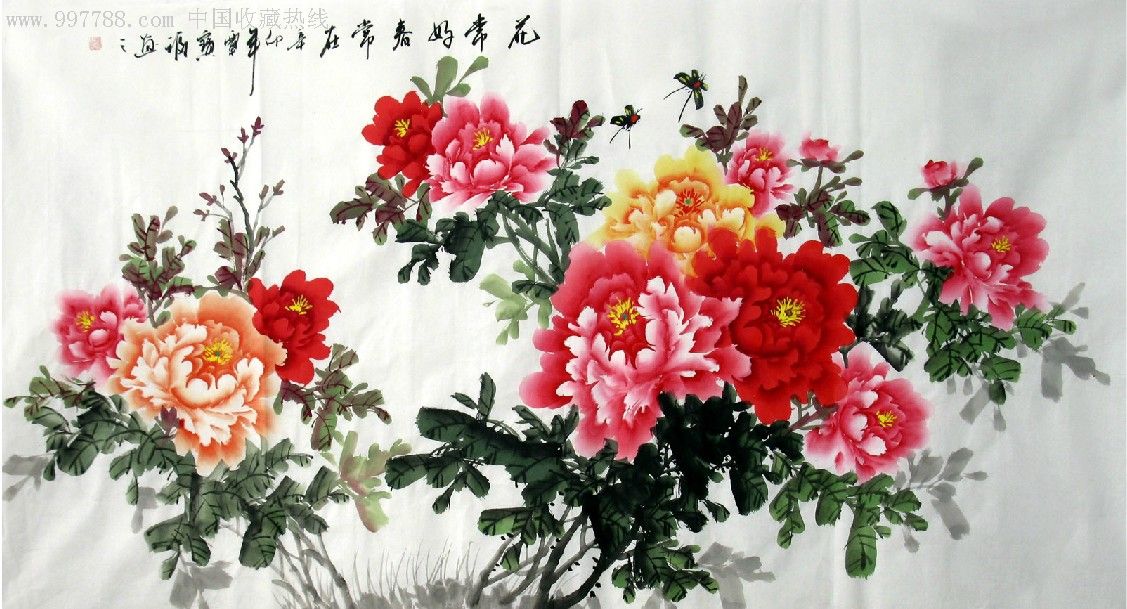
闲鹭栖常早，秋花落更迟。